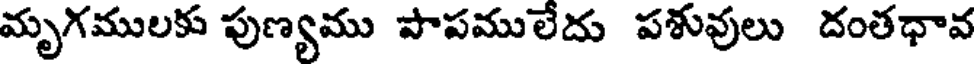
మృగములకు పుణ్యము పాపములేదు పశువులు దంతధావ